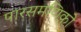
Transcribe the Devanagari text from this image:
पारसमणिको